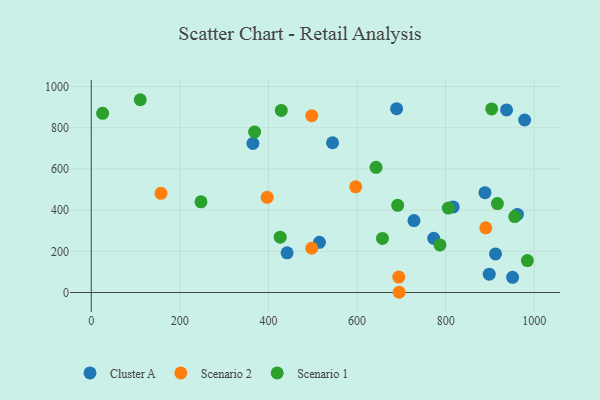
{"axis": {"x": "Engine Size", "y": "Sales"}, "legend": ["Cluster A", "Scenario 1", "Scenario 2"], "data": [{"x": "365.0", "y": 724.1, "type": "Cluster A"}, {"x": "898.4", "y": 89.0, "type": "Cluster A"}, {"x": "442.1", "y": 192.6, "type": "Cluster A"}, {"x": "962.0", "y": 379.1, "type": "Cluster A"}, {"x": "937.5", "y": 886.7, "type": "Cluster A"}, {"x": "951.1", "y": 73.9, "type": "Cluster A"}, {"x": "689.3", "y": 892.7, "type": "Cluster A"}, {"x": "817.0", "y": 415.6, "type": "Cluster A"}, {"x": "515.1", "y": 243.7, "type": "Cluster A"}, {"x": "728.5", "y": 349.5, "type": "Cluster A"}, {"x": "978.4", "y": 837.7, "type": "Cluster A"}, {"x": "773.1", "y": 263.2, "type": "Cluster A"}, {"x": "544.7", "y": 727.2, "type": "Cluster A"}, {"x": "888.8", "y": 484.7, "type": "Cluster A"}, {"x": "912.6", "y": 187.1, "type": "Cluster A"}, {"x": "695.0", "y": 1.1, "type": "Scenario 2"}, {"x": "157.5", "y": 481.7, "type": "Scenario 2"}, {"x": "890.6", "y": 314.2, "type": "Scenario 2"}, {"x": "597.0", "y": 513.3, "type": "Scenario 2"}, {"x": "497.7", "y": 215.0, "type": "Scenario 2"}, {"x": "397.1", "y": 462.4, "type": "Scenario 2"}, {"x": "497.9", "y": 858.6, "type": "Scenario 2"}, {"x": "694.2", "y": 75.1, "type": "Scenario 2"}, {"x": "955.9", "y": 368.9, "type": "Scenario 1"}, {"x": "806.0", "y": 409.9, "type": "Scenario 1"}, {"x": "247.7", "y": 440.1, "type": "Scenario 1"}, {"x": "657.4", "y": 262.7, "type": "Scenario 1"}, {"x": "916.9", "y": 431.7, "type": "Scenario 1"}, {"x": "691.7", "y": 423.4, "type": "Scenario 1"}, {"x": "110.6", "y": 936.1, "type": "Scenario 1"}, {"x": "368.8", "y": 779.4, "type": "Scenario 1"}, {"x": "426.6", "y": 268.8, "type": "Scenario 1"}, {"x": "903.9", "y": 891.3, "type": "Scenario 1"}, {"x": "642.9", "y": 607.9, "type": "Scenario 1"}, {"x": "25.7", "y": 870.1, "type": "Scenario 1"}, {"x": "429.0", "y": 884.1, "type": "Scenario 1"}, {"x": "984.5", "y": 154.8, "type": "Scenario 1"}, {"x": "787.1", "y": 230.9, "type": "Scenario 1"}]}